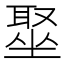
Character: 𫮣